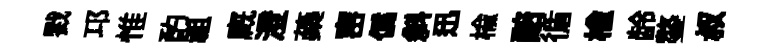
戮邛惟酌祖廐澄蘃宻偽斜迅榆醅循榆龄鏊叔